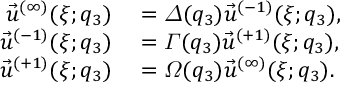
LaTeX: \begin{array} { r l } { { \Vec { u } ^ { ( \infty ) } ( \xi ; q _ { 3 } ) } } & { { } { { } = \varDelta ( q _ { 3 } ) \Vec { u } ^ { ( - 1 ) } ( \xi ; q _ { 3 } ) , } } \\ { { \Vec { u } ^ { ( - 1 ) } ( \xi ; q _ { 3 } ) } } & { { } { { } = \varGamma ( q _ { 3 } ) \Vec { u } ^ { ( + 1 ) } ( \xi ; q _ { 3 } ) , } } \\ { { \Vec { u } ^ { ( + 1 ) } ( \xi ; q _ { 3 } ) } } & { { } { { } = \varOmega ( q _ { 3 } ) \Vec { u } ^ { ( \infty ) } ( \xi ; q _ { 3 } ) . } } \end{array}